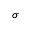
\sigma